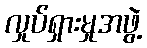
လှုပ်ရှားမှုအဖွဲ့